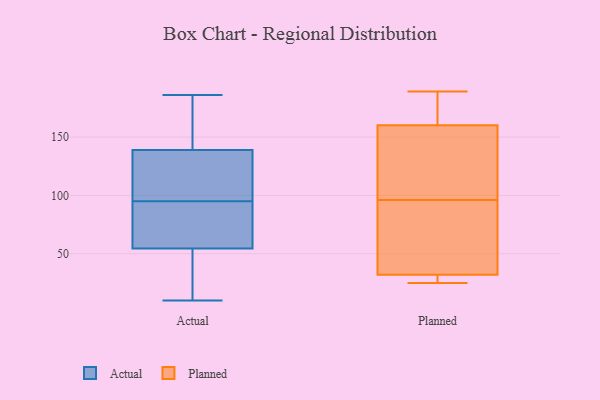
{"axis": {"x": "Humidity (%)", "y": "Value"}, "legend": ["Actual", "Planned"], "data": [{"x": "", "y": 77, "type": "Actual"}, {"x": "", "y": 95, "type": "Actual"}, {"x": "", "y": 74, "type": "Actual"}, {"x": "", "y": 10, "type": "Actual"}, {"x": "", "y": 34, "type": "Actual"}, {"x": "", "y": 186, "type": "Actual"}, {"x": "", "y": 20, "type": "Actual"}, {"x": "", "y": 130, "type": "Actual"}, {"x": "", "y": 74, "type": "Actual"}, {"x": "", "y": 173, "type": "Actual"}, {"x": "", "y": 142, "type": "Actual"}, {"x": "", "y": 48, "type": "Actual"}, {"x": "", "y": 95, "type": "Actual"}, {"x": "", "y": 175, "type": "Actual"}, {"x": "", "y": 111, "type": "Actual"}, {"x": "", "y": 189, "type": "Planned"}, {"x": "", "y": 168, "type": "Planned"}, {"x": "", "y": 164, "type": "Planned"}, {"x": "", "y": 75, "type": "Planned"}, {"x": "", "y": 159, "type": "Planned"}, {"x": "", "y": 29, "type": "Planned"}, {"x": "", "y": 29, "type": "Planned"}, {"x": "", "y": 25, "type": "Planned"}, {"x": "", "y": 33, "type": "Planned"}, {"x": "", "y": 107, "type": "Planned"}, {"x": "", "y": 96, "type": "Planned"}, {"x": "", "y": 94, "type": "Planned"}, {"x": "", "y": 114, "type": "Planned"}]}